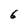
Character: 6